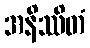
အနိဿိတံ